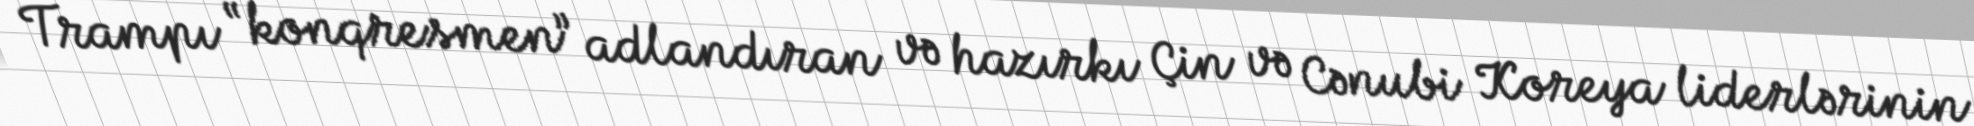
Trampı “konqresmen” adlandıran və hazırkı Çin və Cənubi Koreya liderlərinin